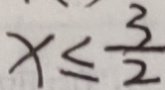
x \leq \frac { 3 } { 2 }